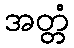
အတ္တံ